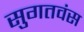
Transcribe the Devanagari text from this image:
सुगतवंस